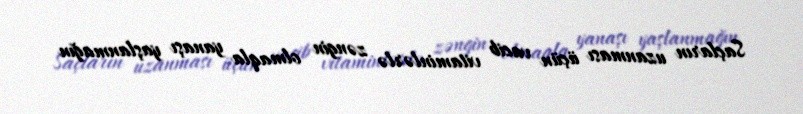
Saçların uzanması üçün vacib vitaminlərlə zəngin olmaqla yanaşı yaşlanmağın